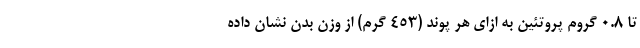
تا 0.8 گروم پروتئین به ازای هر پوند (453 گرم) از وزن بدن نشان داده